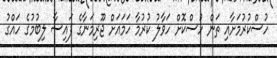
ހުސްކުރުމަށާއި ތަން ހުސްކޮށް ހަވާލު ކުރުމާ ހަމައަށް ޖޫރިމަނާގެ ފައިސާ ލިބުމުގެ ހައްގު